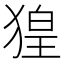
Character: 𤟡